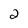
Character: 2